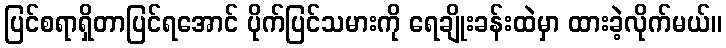
ပြင်စရာရှိတာပြင်ရအောင် ပိုက်ပြင်သမားကို ရေချိုးခန်းထဲမှာ ထားခဲ့လိုက်မယ်။